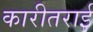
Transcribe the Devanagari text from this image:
कारीतराई